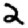
Digit: 2